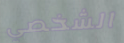
الشخصي